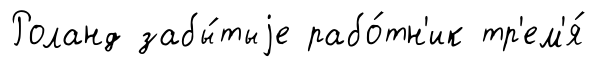
Роланд забы́тыjе рабо́тн'ик тр'ем'я́